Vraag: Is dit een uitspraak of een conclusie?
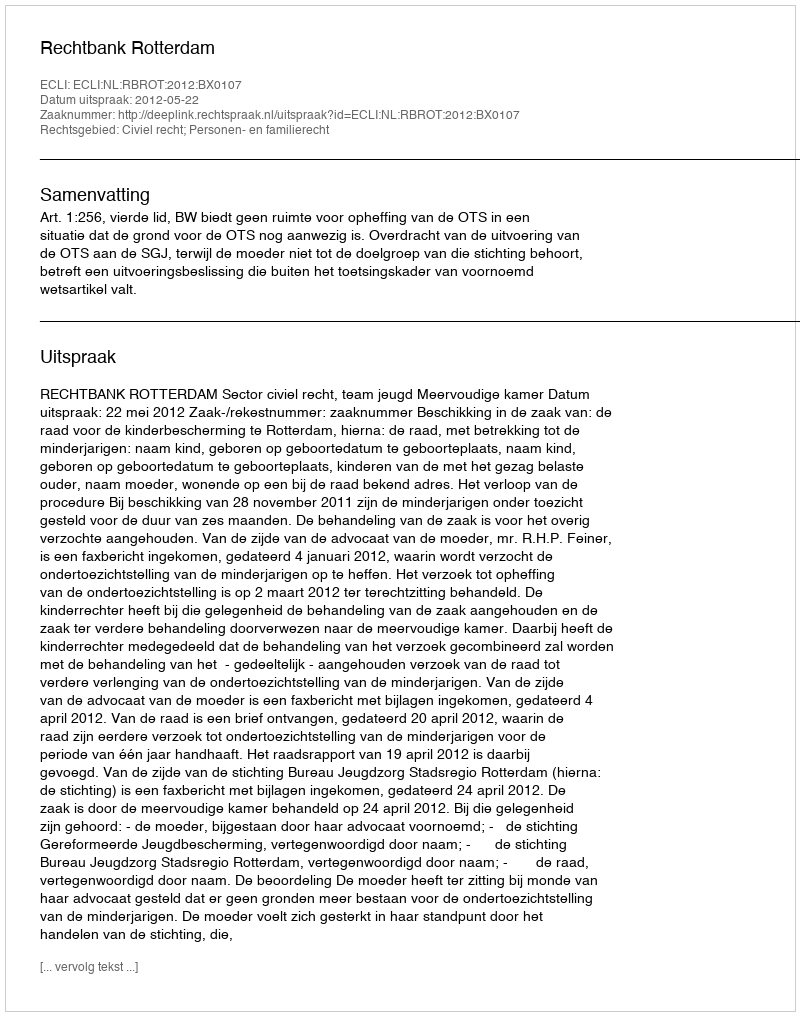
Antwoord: Uitspraak